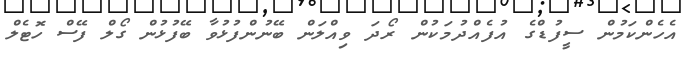
އެހެންކަމުން ސީފުޑްގެ އުފެއްދުމަކުން ރޯދަ ވިއްލަން ބޭނުންފުޅުވާ ބޭފުޅުން ގޯލް ފޭސް ހޮޓެލް